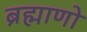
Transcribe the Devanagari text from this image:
ब्रह्माणो